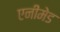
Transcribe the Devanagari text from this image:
एनीमेड